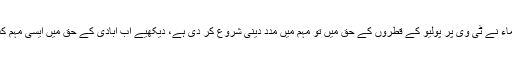
اپنے ہاں علماء نے ٹی وی پر پولیو کے قطروں کے حق میں تو مہم میں مدد دینی شروع کر دی ہے، دیکھیے اب آبادی کے حق میں ایسی مہم کب چلتی ہے۔